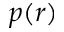
p ( r )